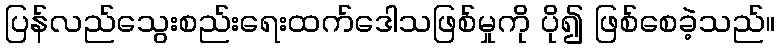
ပြန်လည်သွေးစည်းရေးထက်ဒေါသဖြစ်မှုကို ပို၍ ဖြစ်စေခဲ့သည်။